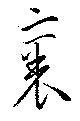
裹